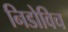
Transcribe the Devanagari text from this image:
निडोविच